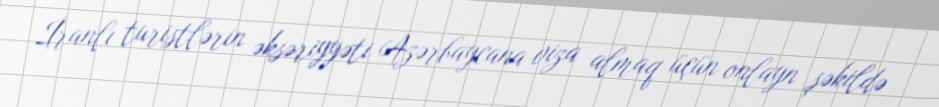
İranlı turistlərin əksəriyyəti Azərbaycana viza almaq üçün onlayn şəkildə